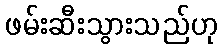
ဖမ်းဆီးသွားသည်ဟု